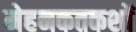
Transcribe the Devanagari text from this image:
मेहनकतकशों